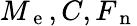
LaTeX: M_{\mathrm{~e~}},C,F_{\mathrm{~n~}}